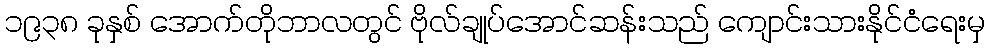
၁၉၃၈ ခုနှစ် အောက်တိုဘာလတွင် ဗိုလ်ချုပ်အောင်ဆန်းသည် ကျောင်းသားနိုင်ငံရေးမှ